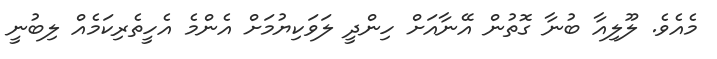
މެއެވެ. ލޫލިއާ ބުނާ ގޮތުން އޭނާއަށް ހިންދީ ލަވަކިޔުމަށް އެންމެ އެހީތެރިކަމެއް ލިބުނީ